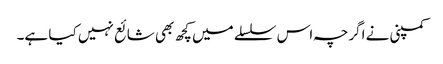
کمپنی نے اگرچہ اس سلسلے میں کچھ بھی شائع نہیں کیا ہے۔